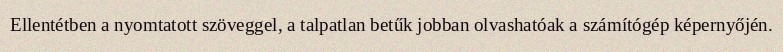
Ellentétben a nyomtatott szöveggel, a talpatlan betűk jobban olvashatóak a számítógép képernyőjén.